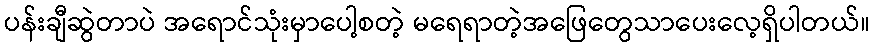
ပန်းချီဆွဲတာပဲ အရောင်သုံးမှာပေါ့စတဲ့ မရေရာတဲ့အဖြေတွေသာပေးလေ့ရှိပါတယ်။